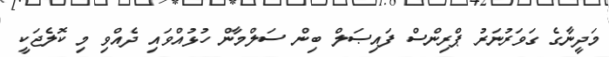
މަދީނާގެ ގަވަރުނަރު ޕްރިންސް ފައިޞަލް ބިިން ސަލްމާން ހުޅުއްވައި ދެއްވި މި ކޮލެޖަކީ